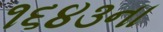
૧૬૪૩ના